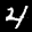
Label: 4